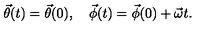
\vec { \theta } ( t ) = \vec { \theta } ( 0 ) , \quad \vec { \phi } ( t ) = \vec { \phi } ( 0 ) + \vec { \omega } t .